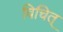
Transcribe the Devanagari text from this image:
विचित्